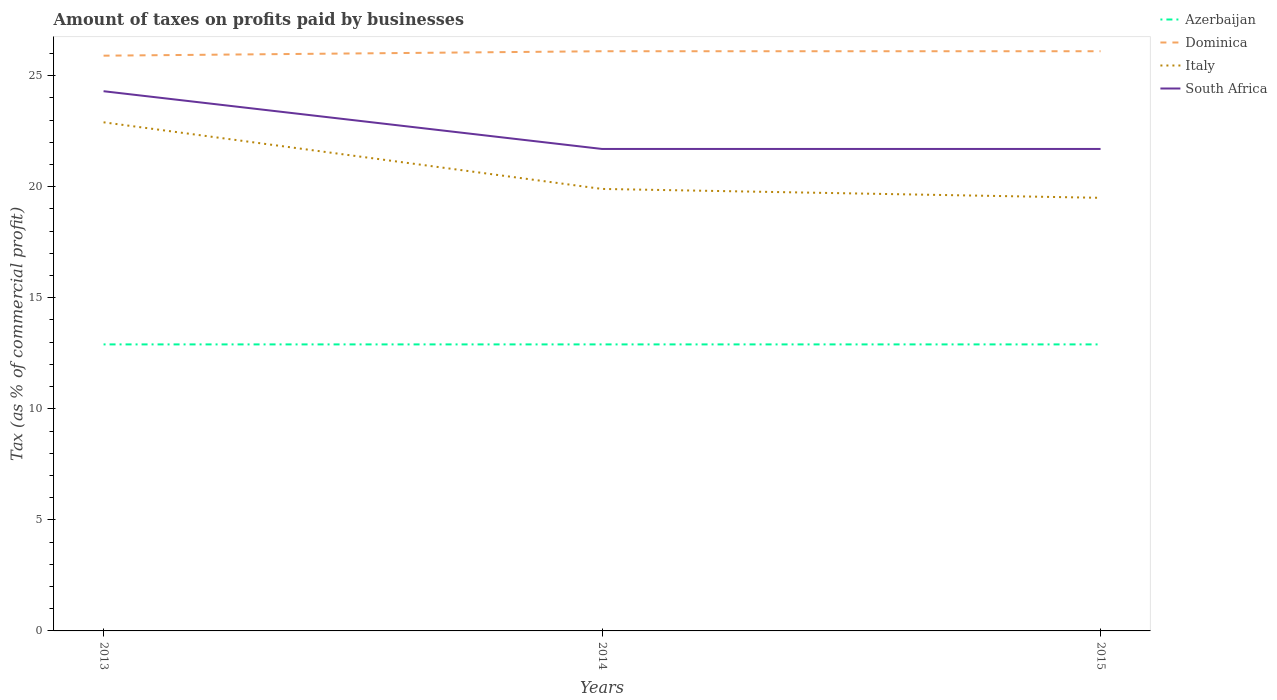
| Years | Azerbaijan | Dominica | Italy | South Africa |
 | --- | --- | --- | --- | --- |
 | 2013 | 12.9 | 25.9 | 22.9 | 24.3 |
 | 2014 | 12.9 | 26.1 | 19.9 | 21.7 |
 | 2015 | 12.9 | 26.1 | 19.5 | 21.7 |